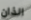
الذان